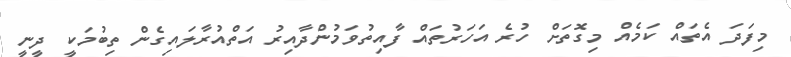
މިފަދަ އެތައް ކަމެއް މިގޮތަށް ހުރެ އަހަރުތައް ފާއިތުވަމުންދާއިރު އަތްއުރާލައިގެން ތިބުމަކީ ދީނީ